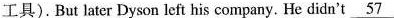
工具).But later Dyson left his company. He didn't \underline{57}